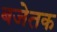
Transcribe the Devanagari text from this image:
बजेतक